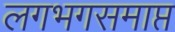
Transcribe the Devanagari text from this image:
लगभगसमाप्त